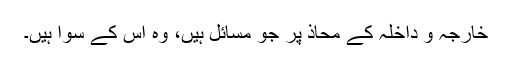
خارجہ و داخلہ کے محاذ پر جو مسائل ہیں، وہ اس کے سوا ہیں۔